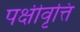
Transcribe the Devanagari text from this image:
पक्षीवृत्ति